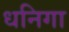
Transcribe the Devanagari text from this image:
धनिगा